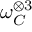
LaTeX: \omega _ { C } ^ { \otimes 3 }